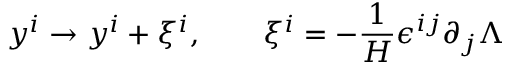
y ^ { i } \to y ^ { i } + \xi ^ { i } , \qquad { \xi ^ { i } = - \frac { 1 } { H } \epsilon ^ { i j } \partial _ { j } \Lambda }